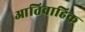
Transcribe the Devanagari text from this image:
आतिवाहिक